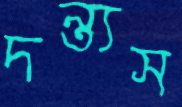
দন্ত্যস